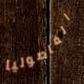
الفاصوليا